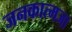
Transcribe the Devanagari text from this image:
जनकात्मजा